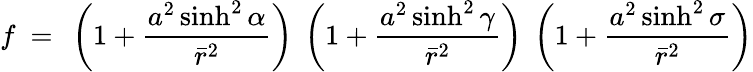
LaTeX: f~=~\left(1+\frac{a^{2}\sinh^{2}\alpha}{\bar{r}^{2}}\right)~\left(1+\frac{a^{2}\sinh^{2}\gamma}{\bar{r}^{2}}\right)~\left(1+\frac{a^{2}\sinh^{2}\sigma}{\bar{r}^{2}}\right)